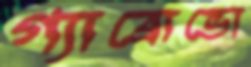
গ্যাব্রোভো